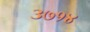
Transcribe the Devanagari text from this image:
३७१४